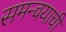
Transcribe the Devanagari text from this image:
समन्वयाची